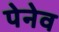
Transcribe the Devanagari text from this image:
पेनेव